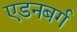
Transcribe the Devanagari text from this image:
एडनबर्ग